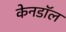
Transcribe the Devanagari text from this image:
केनडॉल